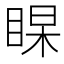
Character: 𭾻